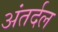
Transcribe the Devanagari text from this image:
अंतर्दल